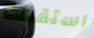
استقبلت